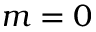
m = 0